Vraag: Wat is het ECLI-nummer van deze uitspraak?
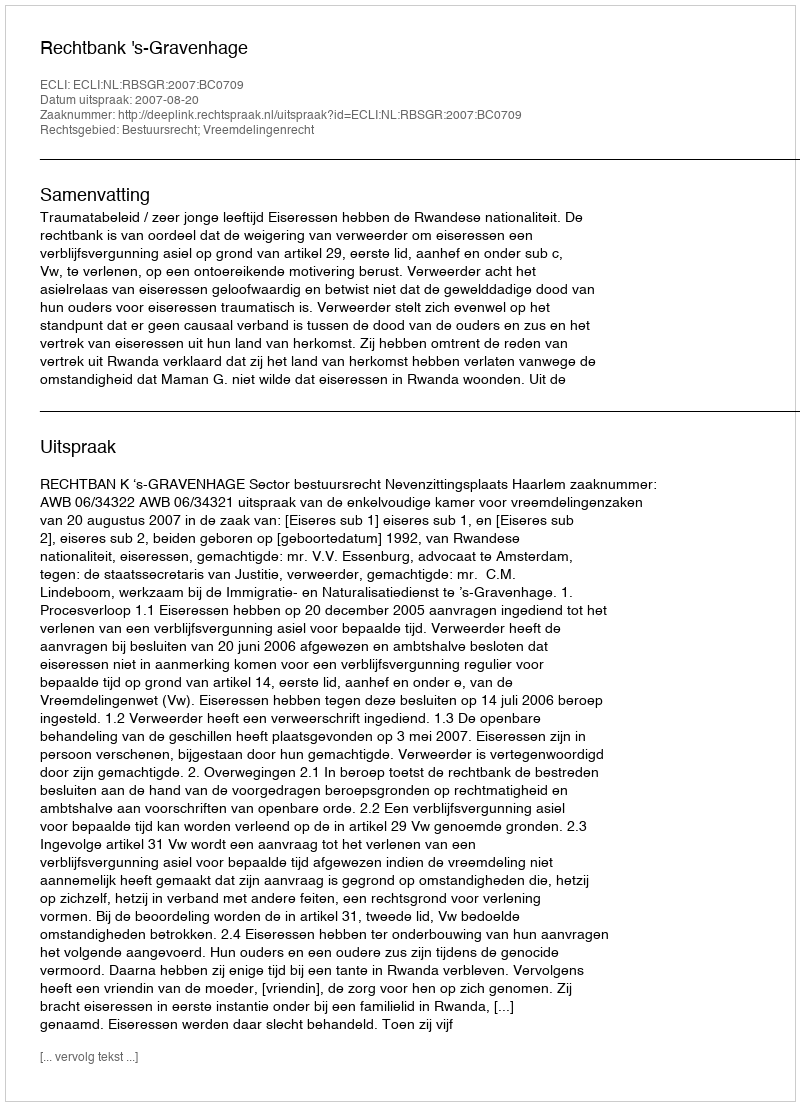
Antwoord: ECLI:NL:RBSGR:2007:BC0709